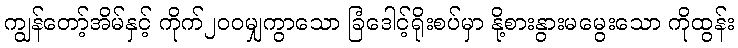
ကျွန်တော့်အိမ်နှင့် ကိုက်၂၀၀မျှကွာသော ခြံဒေါင့်ရိုးစပ်မှာ နို့စားနွားမမွေးသော ကိုထွန်း